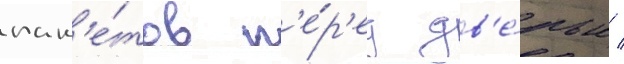
пак'е́тов п'е́р'ед дв'е́рью /